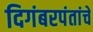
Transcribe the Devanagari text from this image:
दिगंबरपंतांचे